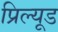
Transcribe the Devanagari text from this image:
प्रिल्यूड